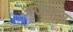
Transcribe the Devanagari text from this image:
अजमार